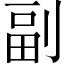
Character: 副